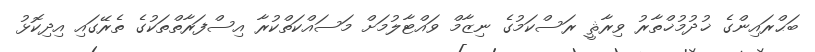
ބަޙްރައިންގެ ޚުދުމުޚްތާރު ވިރާޘީ ރަސްކަމުގެ ނިޒާމް ވައްޓާލުމަށް މަސައްކަތްކުރާ އިސްފަރާތްތަކުގެ ތެރޭގައި އިދިކޮޅު